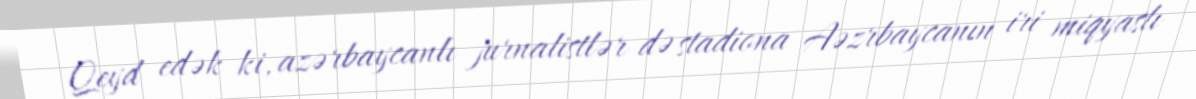
Qeyd edək ki, azərbaycanlı jurnalistlər də stadiona Aəzrbaycanın iri miqyaslı